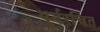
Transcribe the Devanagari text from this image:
पुर्नरचित